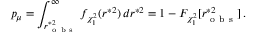
p _ { \mu } = \int _ { r _ { \mathrm { ~ o ~ b ~ s ~ } } ^ { \ast 2 } } ^ { \infty } f _ { \chi _ { 1 } ^ { 2 } } ( r ^ { \ast 2 } ) \, d r ^ { \ast 2 } = 1 - F _ { \chi _ { 1 } ^ { 2 } } [ r _ { \mathrm { ~ o ~ b ~ s ~ } } ^ { \ast 2 } ] \, .